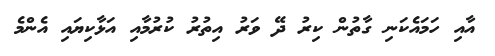
އާއި ހަމައެކަނި ގާތުން ކިރު ދޭ ވަރު އިތުރު ކުރުމާއި އަޅާކިޔައި އެންމެ